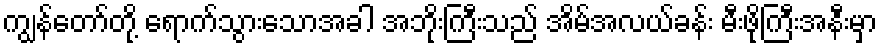
ကျွန်တော်တို့ ရောက်သွားသောအခါ အဘိုးကြီးသည် အိမ်အလယ်ခန်း မီးဖိုကြီးအနီးမှာ